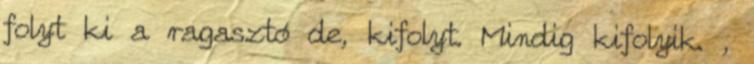
folyt ki a ragasztó de, kifolyt. Mindig kifolyik. ,